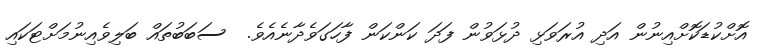
އޮށްކުޑަކޮށްއިނުން އަދި އުރަވަޅި ދުޅަވުން ފަދަ ކަންކަން ފާހަގަވެދާނެއެވެ.  ސަބަބުތައް ބަލިވެއިނުމަށްޓަކައި